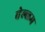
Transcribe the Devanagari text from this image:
चेल्लम